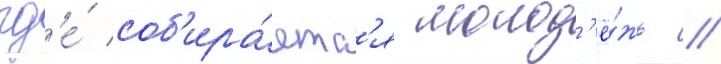
гд'е́ соб'ира́етс'я молод'ё́жь //